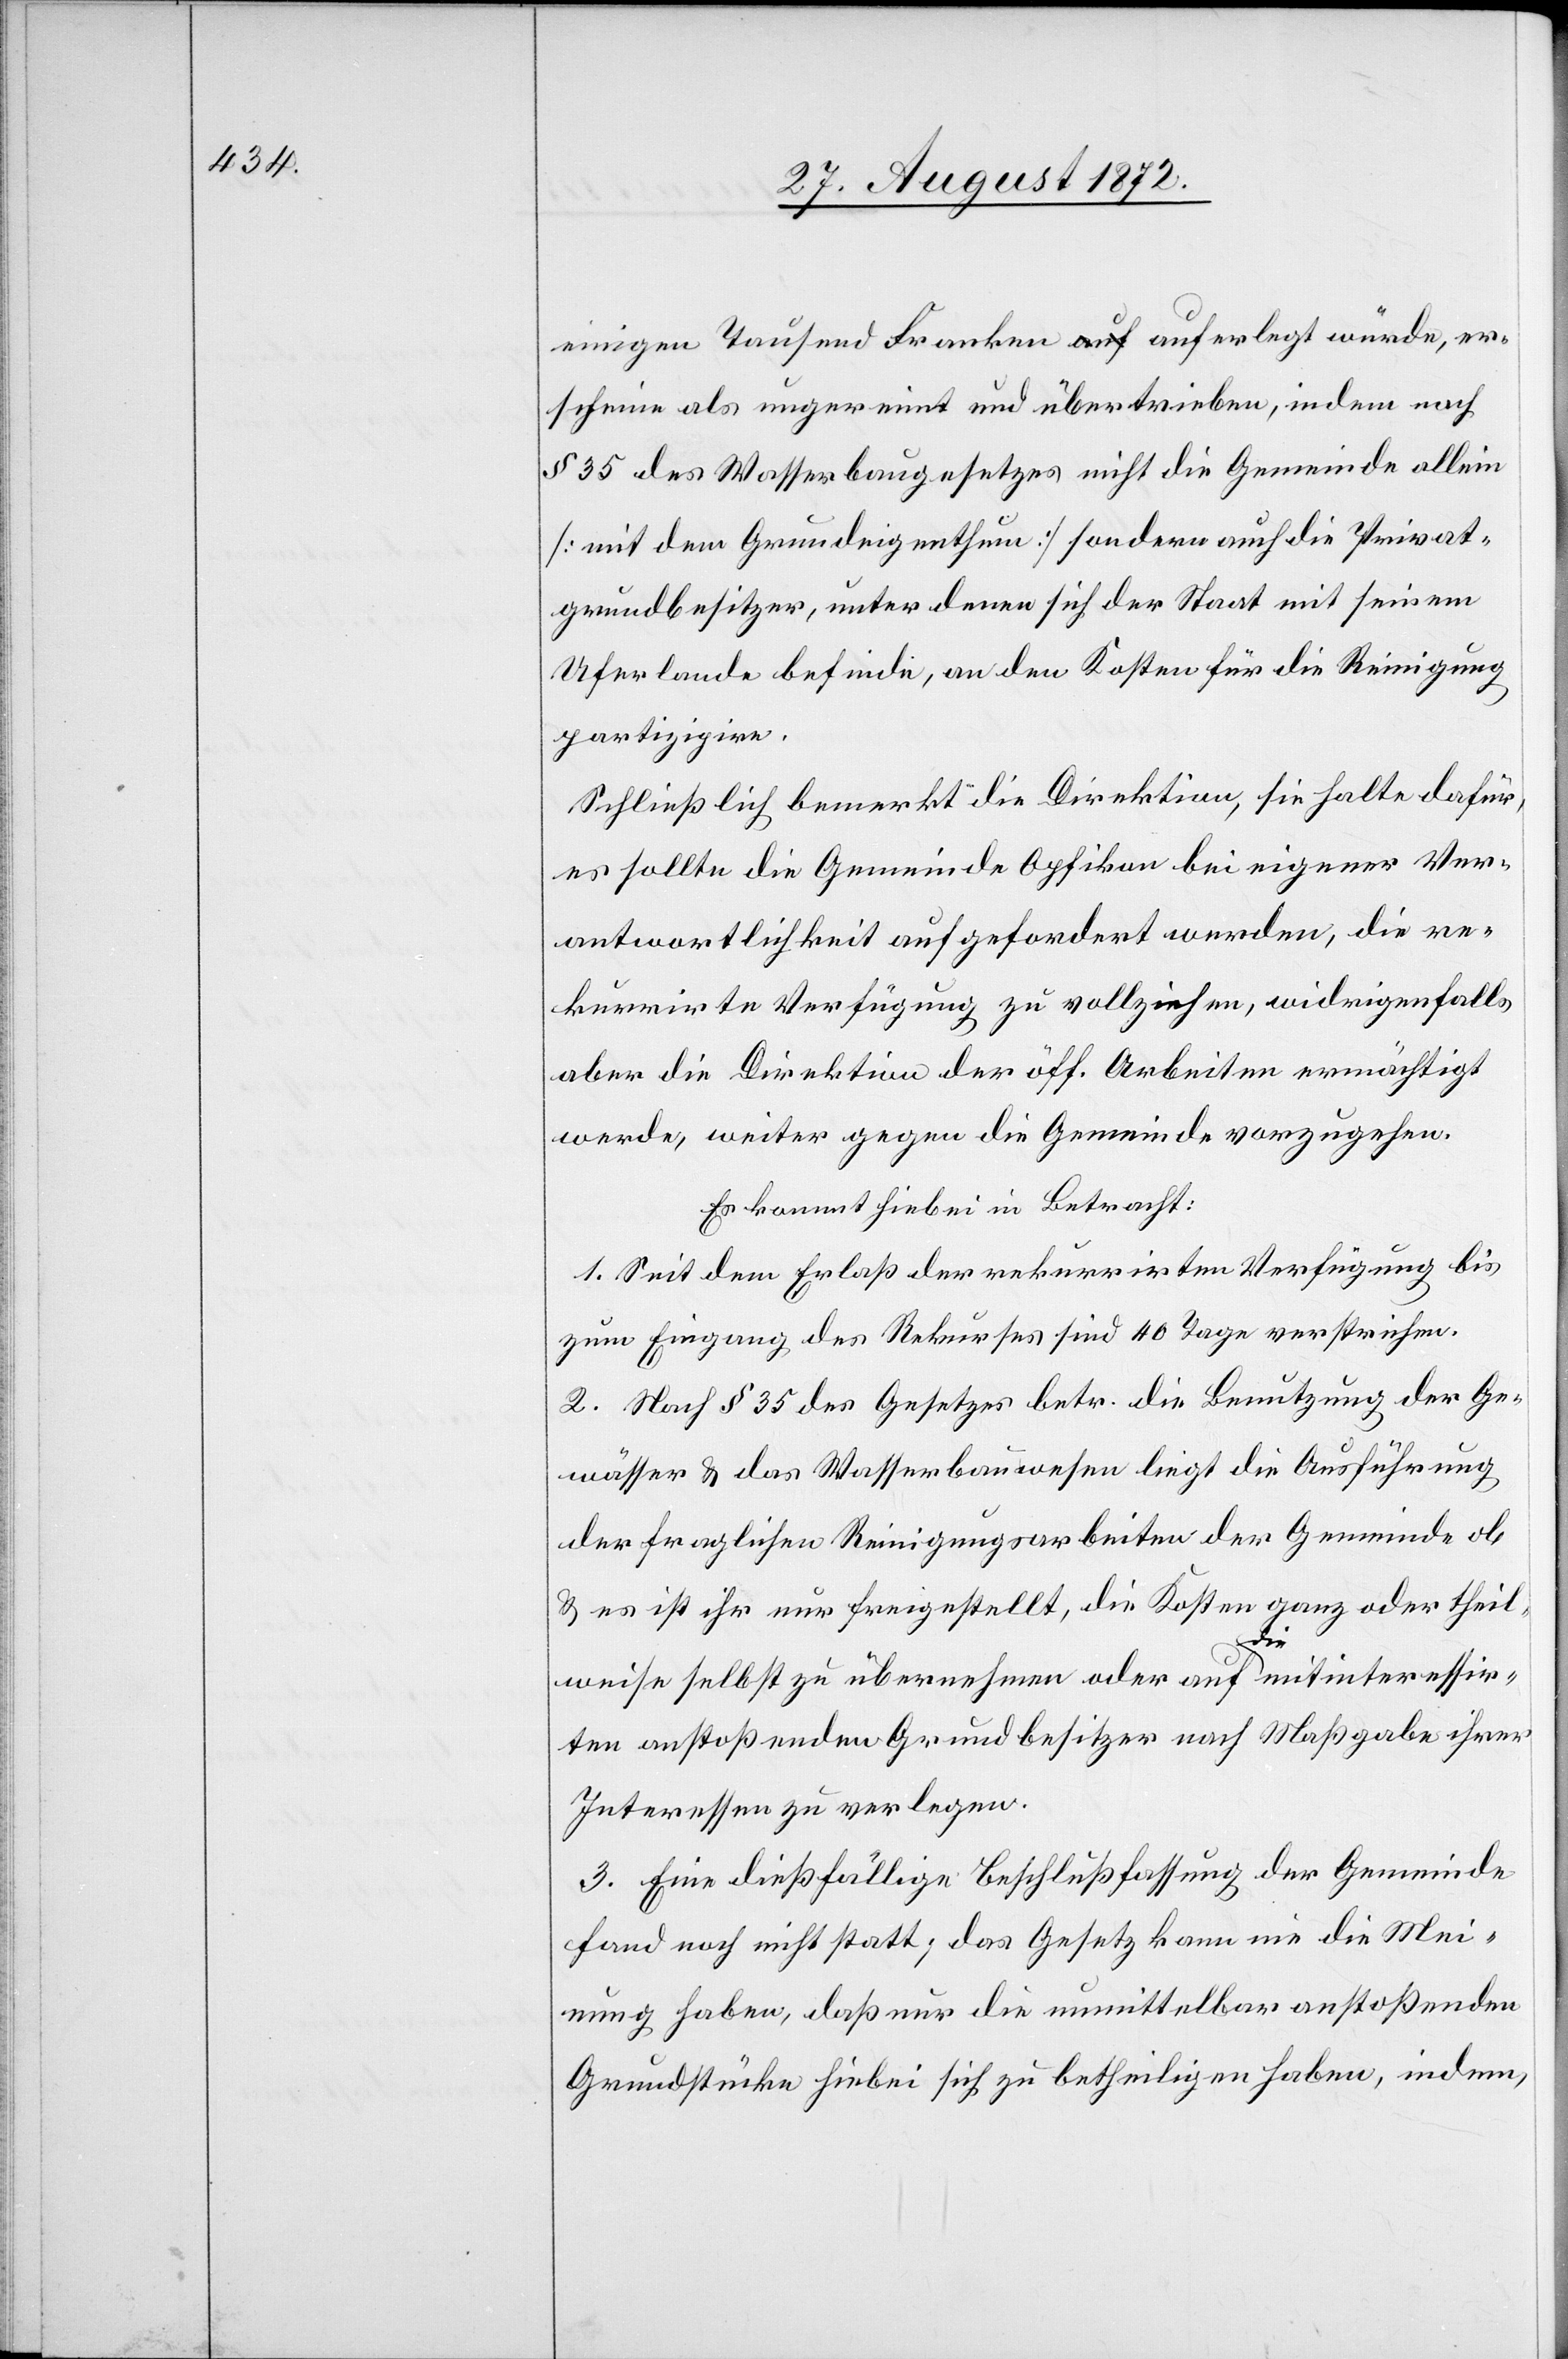
einigen Tausend Franken auferlegt würde, er¬
scheine als ungereimt und übertrieben, indem noch
§ 35 des Wasserbaugesetzes nicht die Gemeinde allein
[mit dem Grundeigenthum] sondern auch die Privat¬
grundbesitzer, unter denen sich der Staat mit seinem
Uferlande befinde, an den Kosten für die Reinigung
partizipiren.
Schließlich bemerkt die Direktion, sie halte dafür,
es sollte die Gemeinde Opfikon bei eigener Ver¬
antwortlichkeit aufgefordert werden, die re¬
kurrirte Verfügung zu vollziehen, widrigenfalls
aber die Direktion der öff. Arbeiten ermächtigt
werde, weiter gegen die Gemeinde vorzugehen.
Es kommt hiebei in Betracht:
1. Seit dem Erlaß der rekurrirten Verfügung bis
zum Eingang des Rekurses sind 40 Tage verstrichen.
2. Nach § 35 des Gesetzes betr. die Benutzung der Ge¬
wässer u. das Wasserbauwesen liegt die Ausführung
der fraglichen Reinigungsarbeiten der Gemeinde ob
u. es ist ihr nur freigestellt, die Kosten ganz oder theil¬
weise selbst zu übernehmen oder auf die mitinteressir¬
ten anstoßenden Grundbesitzer nach Maßgabe ihrer
Interessen zu verlegen.
3. Eine dießfällige Beschlußfassung der Gemeinde
fand noch nicht statt; das Gesetz kann nie die Mei¬
nung haben, daß nur die unmittelbar anstoßende
Grundstücke hiebei sich zu betheiligen haben, indem,